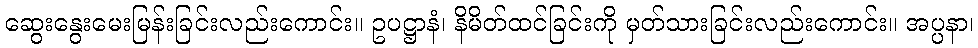
ဆွေးနွေးမေးမြန်းခြင်းလည်းကောင်း။ ဥပဋ္ဌာနံ၊ နိမိတ်ထင်ခြင်းကို မှတ်သားခြင်းလည်းကောင်း။ အပ္ပနာ၊